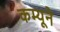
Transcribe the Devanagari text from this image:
कम्यूने